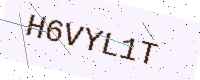
Text: H6VYL1T